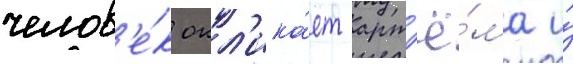
челов'е́к окл'ика́ет арт'ё́ма и́